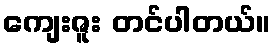
ကျေးဇူး တင်ပါတယ်။